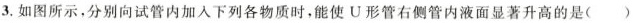
3.如图所示，分别向试管内加入下列各物质时，能使U形管右侧管内液面显著升高的是( )